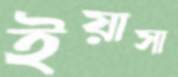
ইয়াসা